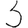
Digit: 3